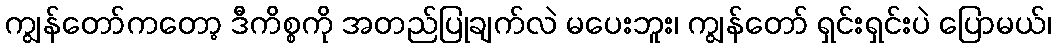
ကျွန်တော်ကတော့ ဒီကိစ္စကို အတည်ပြုချက်လဲ မပေးဘူး၊ ကျွန်တော် ရှင်းရှင်းပဲ ပြောမယ်၊